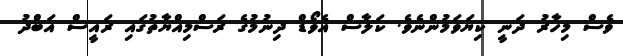
ވެސް މިހާރު ދަނީ ކިޔަވަމުންނެވެ. ކަލާސް އެވޯޑް ދިނުމުގެ ރަސްމިއްޔާތުގައި ރައީސް އަބްދު